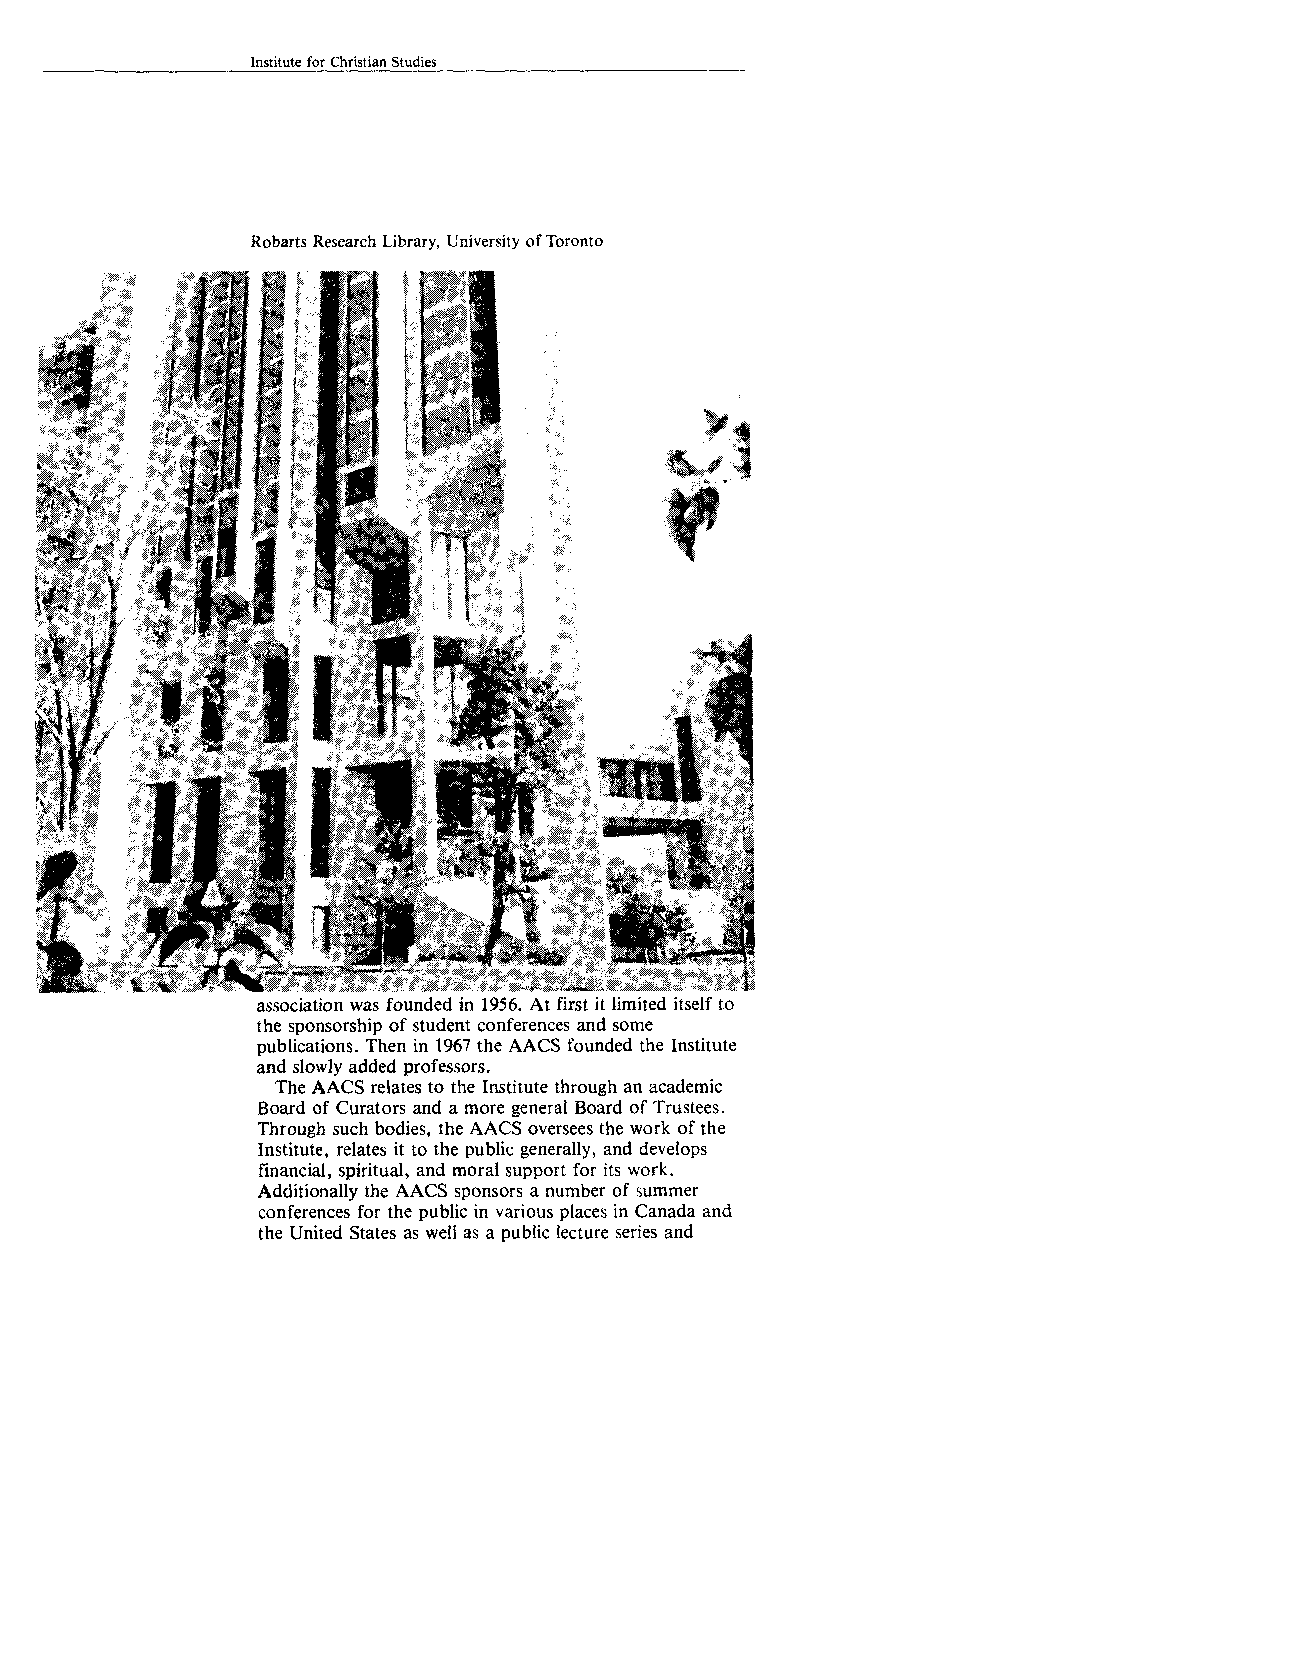
Institute for Christian Studies
 Robarts Research Library, University of Toronto
 association was founded in 1956. At first it limited itself to
 the sponsorship of student conferences and some
 publications. Then in 1967 the AACS founded the Institute
 and slowly added professors.
 The AACS relates to the Institute through an academic
 Board of Curators and a more general Board of Trustees.
 Through such bodies, the AACS oversees the work of the
 Institute, relates it to the public generally, and develops
 financial, spiritual, and moral support for its work.
 Additionally the AACS sponsors a number of summer
 conferences for the public in various places in Canada and
 the United States as well as a public lecture series and